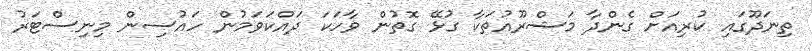
ތިނަދޫގައި ކުރިއަށް ގެންދާ މަޝްރޫއުތަކާ ގުޅޭ ގޮތުން ވާހަކަ ދައްކަވަމުން ހައުސިން މިނިސްޓަރު